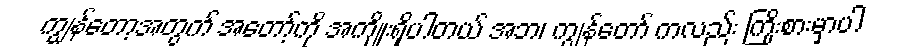
ကျွန်တော့အတွက် အတော့်ကို အကျိုးရှိပါတယ် အဘ၊ ကျွန်တော် ကလည်း ကြိုးစားမှာပါ